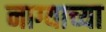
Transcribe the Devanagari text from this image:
नाग्याच्या